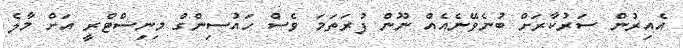
އެއިރުން ސަރުކާރަށް ބުނެވޭނެއެއް ނޫން ފުރަތަމަ ވެސް ހައުސިންގް މިނިސްޓްރީ އަށް މާލެ